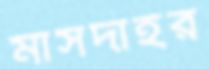
মাসদাইর